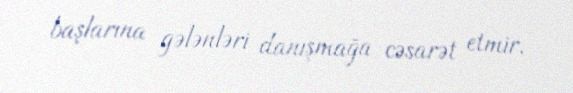
başlarına gələnləri danışmağa cəsarət etmir.